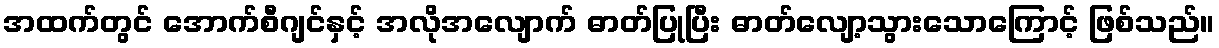
အထက်တွင် အောက်စီဂျင်နှင့် အလိုအလျောက် ဓာတ်ပြုပြီး ဓာတ်လျော့သွားသောကြောင့် ဖြစ်သည်။